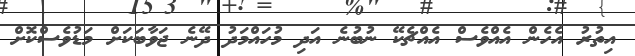
އިތުރު އެހެން އެއްވެސް އެއްޗެކޭ ނުބުނެ އަދި މުހައްމަދު ދޭނެ ޖަވާބަކަށް މަޑުވެސްކޮށް